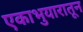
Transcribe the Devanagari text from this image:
एकाभुयारातून